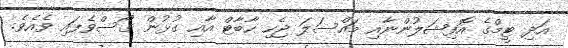
އަދި ޓީމްގެ އޮފިޝަލުންނާއި މައްސަލަ ޖެހި ހާބާޓް އާއި ގުޅުން ގޯސްވެފައި ވެއެވެ.